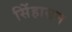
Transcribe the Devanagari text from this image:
सिेंहासन